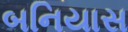
બનિયાસ